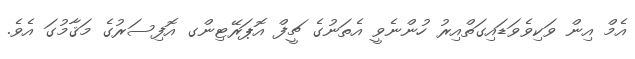
އެމް އިން ވަކިވެވަޑައިގަތްއިރު ހުންނެވީ އެތަނުގެ ޗީފް އޮޕަރޭޓިންގ އޮފިސަރުގެ މަޤާމުގަ އެވެ.